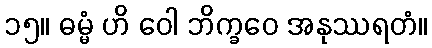
၁၅။ ဓမ္မံ ဟိ ဝေါ ဘိက္ခဝေ အနုဿရတံ။